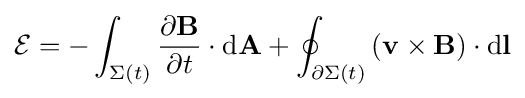
{\mathcal {E}}=-\int _{\Sigma (t)}{\frac {\partial \mathbf {B} }{\partial t}}\cdot {\rm {d}}\mathbf {A} +\oint _{\partial \Sigma (t)}\left(\mathbf {v} \times \mathbf {B} \right)\cdot \mathrm {d} \mathbf {l}